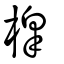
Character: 橰